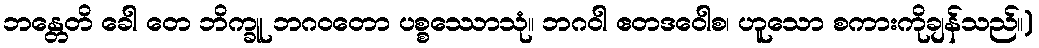
ဘန္တေတိ ခေါ တေ ဘိက္ခူ ဘဂဝတော ပစ္စဿောသုံ။ ဘဂဝါ ဧတဒဝေါစ၊ ဟူသော စကားကိုချန်သည်။)